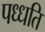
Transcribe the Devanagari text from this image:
पध्धति